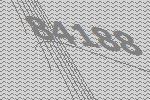
84188